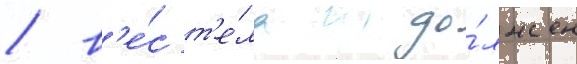
/ в'е́с т'е́ла до́лжен